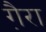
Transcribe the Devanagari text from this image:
गै़रा